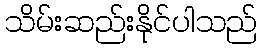
သိမ်းဆည်းနိုင်ပါသည်